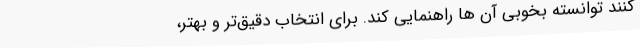
کنند توانسته بخوبی آن ها راهنمایی کند. برای انتخاب دقیق‌تر و بهتر،